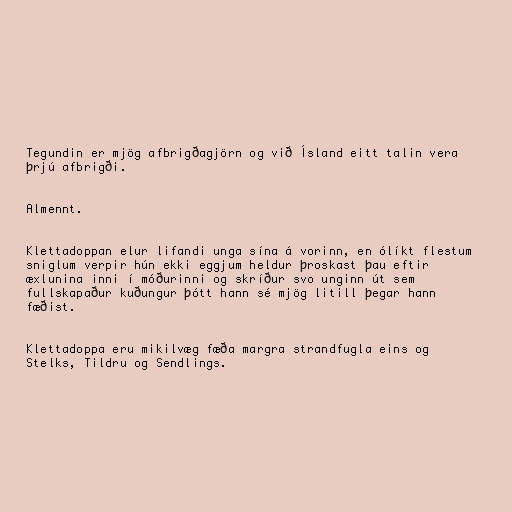
Tegundin er mjög afbrigðagjörn og við Ísland eitt talin vera
þrjú afbrigði.

Almennt.

Klettadoppan elur lifandi unga sína á vorinn, en ólíkt flestum
sniglum verpir hún ekki eggjum heldur þroskast þau eftir
æxlunina inni í móðurinni og skríður svo unginn út sem
fullskapaður kuðungur þótt hann sé mjög litill þegar hann
fæðist.

Klettadoppa eru mikilvæg fæða margra strandfugla eins og
Stelks, Tildru og Sendlings.